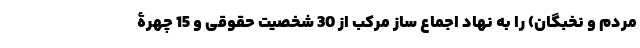
مردم و نخبگان) را به نهاد اجماع ساز مرکب از 30 شخصیت حقوقی و 15 چهرۀ